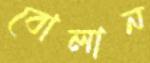
বোলান